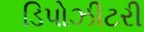
ડિપોઝીટરી